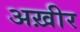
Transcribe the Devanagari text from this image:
अख़ीर